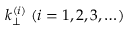
k _ { \perp } ^ { ( i ) } \; ( i = 1 , 2 , 3 , … )